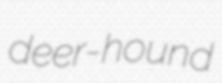
deer-hound